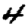
Digit: 4